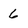
Character: 6